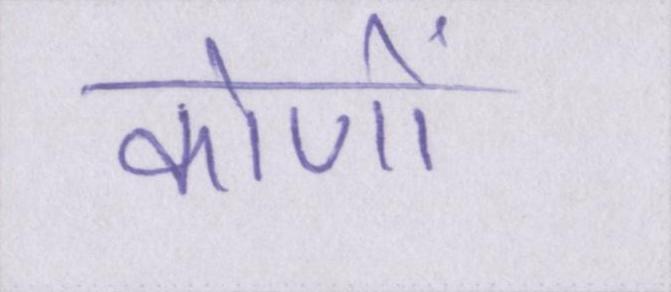
कोणों